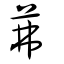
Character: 茀